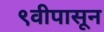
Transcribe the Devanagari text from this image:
९वीपासून